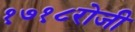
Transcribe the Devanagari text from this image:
१७१८रोजी